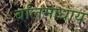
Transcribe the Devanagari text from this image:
बलिमाधाय